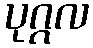
ပုဂ္ဂလ